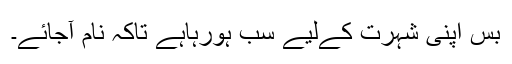
بس اپنی شہرت کےلیے سب ہورہاہے تاکہ نام آجائے۔